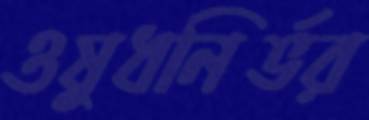
ওষুধনির্ভর